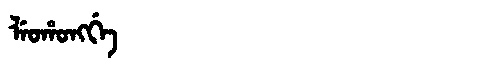
Manchu: ᠯᡝᠣᡥᠣᠩᡤᡝ
Romanization: LEOHONGGE